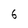
Character: 6